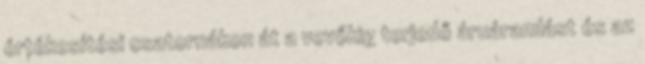
értékesítési csatornákon át a vevőkig terjedő áruáramlást és az